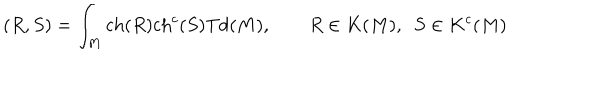
( R , S ) = \int _ { M } \mathrm { c h } ( R ) \mathrm { c h } ^ { c } ( S ) \mathrm { T d } ( M ) , \qquad R \in K ( M ) , ~ ~ S \in K ^ { c } ( M )